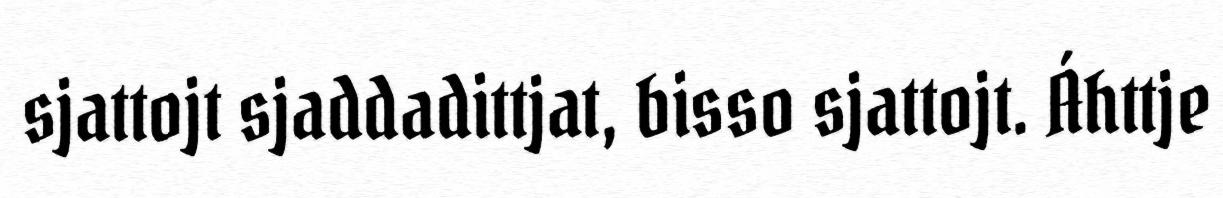
sjattojt sjaddadittjat, bisso sjattojt. Áhttje